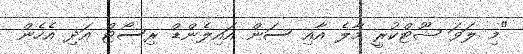
"މި ލަވަ ޝޫޓްކުރީ މާލެ އާއި ސަން އައިލެންޑް ރިސޯޓް އަދި އެހެން